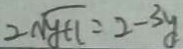
2 \sqrt { y + 1 } = 2 - 3 y